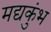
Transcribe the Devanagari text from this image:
मद्यकुंभ